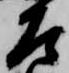
左